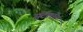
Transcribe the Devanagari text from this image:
सॅटॅलॉल